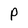
Character: P